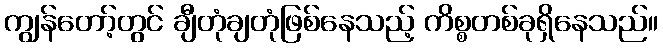
ကျွန်တော့်တွင် ချီတုံချတုံဖြစ်နေသည့် ကိစ္စတစ်ခုရှိနေသည်။